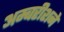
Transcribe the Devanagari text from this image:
अम्बरीशने